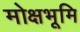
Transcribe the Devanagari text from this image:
मोक्षभूमि